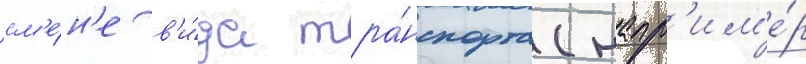
см'е́н'е в'и́да тра́нспорта (напр'им'е́р